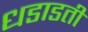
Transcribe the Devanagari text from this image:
धडाडती